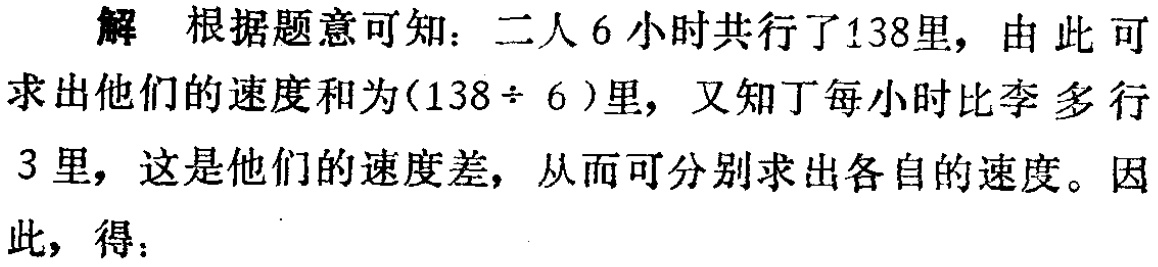
解 根据题意可知：二人6小时共行了138里，由此可求出他们的速度和为\((138\div 6)\)里，又知丁每小时比李多行3里，这是他们的速度差，从而可分别求出各自的速度。因此，得：